Indian journal of veterinary science and animal husbandry - Volumes 24-25, 1954-1955
Year: 1954
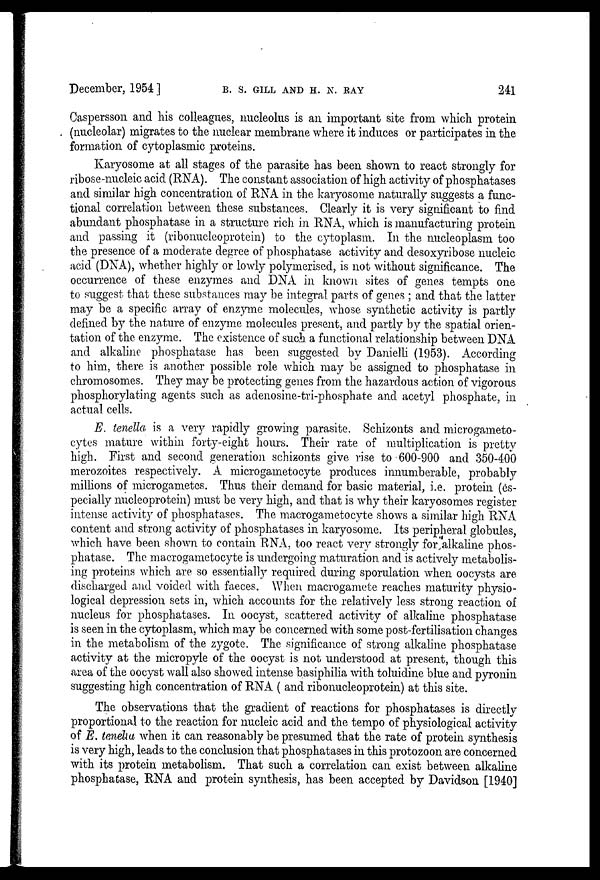
December, 1954 ]
B.
S.
GILL
AND
H.
N.
RAY
241
Caspersson and his colleagues, nucleolus is an important site from which protein
(nucleolar) migrates to the nuclear membrane where it induces or participates in the
formation of cytoplasmic proteins.
Karyosome at all stages of the parasite has been shown to react strongly for
ribose-nucleic acid (RNA). The constant association of high activity of phosphatases
and similar high concentration of RNA in the karyosome naturally suggests a func-
tional correlation between these substances. Clearly it is very significant to find
abundant phosphatase in a structure rich in RNA, which is manufacturing protein
and passing it (ribonucleoprotein) to the cytoplasm. In the nucleoplasm too
the presence of a moderate degree of phosphatase activity and desoxyribose nucleic
acid (DNA), whether highly or lowly polymerised, is not without significance. The
occurrence of these enzymes and DNA in known sites of genes tempts one
to suggest that these substances may be integral parts of genes ; and that the latter
may be a specific array of enzyme molecules, whose synthetic activity is partly
defined by the nature of enzyme molecules present, and partly by the spatial orien-
tation of the enzyme. The existence of such a functional relationship between DNA
and alkaline phosphatase has been suggested by Danielli (1953). According
to him, there is another possible role which may be assigned to phosphatase in
chromosomes. They may be protecting genes from the hazardous action of vigorous
phosphorylating agents such as adenosine-tri-phosphate and acetyl phosphate, in
actual cells.
E. tenella is a very rapidly growing parasite. Schizonts and microgameto-
cytes mature within forty-eight hours. Their rate of multiplication is pretty
high. First and second generation schizonts give rise to 600-900 and 350-400
merozoites respectively. A microgametocyte produces innumberable, probably
millions of microgametes. Thus their demand for basic material, i.e. protein (es-
pecially nucleoprotein) must be very high, and that is why their karyosomes register
intense activity of phosphatases. The macrogametocyte shows a similar high RNA
content and strong activity of phosphatases in karyosome. Its peripheral globules,
which have been shown to contain RNA. too react very strongly for alkaline phos-
phatase. The macrogametocyte is undergoing maturation and is actively metabolis-
ing proteins which are so essentially required during sporulation when oocysts are
discharged and voided with faeces. When macrogamete reaches maturity physio-
logical depression sets in, which accounts for the relatively less strong reaction of
nucleus for phosphatases. In oocyst, scattered activity of alkaline phosphatase
is seen in the cytoplasm, which may be concerned with some post-fertilisation changes
in the metabolism of the zygote. The significance of strong alkaline phosphatase
activity at the micropyle of the oocyst is not understood at present, though this
area of the oocyst wall also showed intense basiphilia with toluidine blue and pyronin
suggesting high concentration of RNA ( and ribonucleoprotein) at this site.
The observations that the gradient of reactions for phosphatases is directly
proportional to the reaction for nucleic acid and the tempo of physiological activity
of E. tenella when it can reasonably be presumed that the rate of protein synthesis
is very high, leads to the conclusion that phosphatases in this protozoon are concerned
with its protein metabolism. That such a correlation can exist between alkaline
phosphatase, RNA and protein synthesis, has been accepted by Davidson [1940]